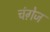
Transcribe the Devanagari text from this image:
चंगे़ज